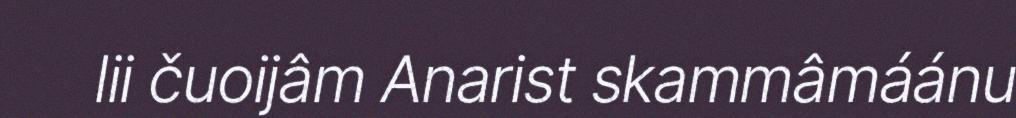
lii čuoijâm Anarist skammâmáánu